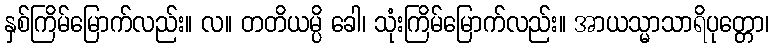
နှစ်ကြိမ်မြောက်လည်း။ လ။ တတိယမ္ပိ ခေါ၊ သုံးကြိမ်မြောက်လည်း။ အာယသ္မာသာရိပုတ္တော၊